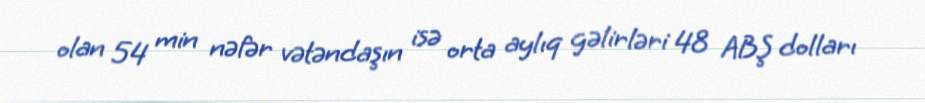
olan 54 min nəfər vətəndaşın isə orta aylıq gəlirləri 48 ABŞ dolları